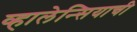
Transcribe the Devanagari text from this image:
व्हालेन्सियाची